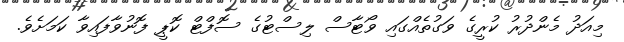
މިއަދު މެންދުރު ކުރީގެ ވަގުތެއްގައި ވޯޓާސް ލިސްޓުގެ ސޮފްޓް ކޮޕީ ފޮނުވާފައިވާ ކަމަށެވެ.